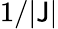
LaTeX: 1/|\mathsf{J}|